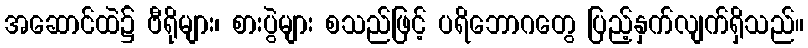
အဆောင်ထဲ၌ ဗီရိုများ၊ စားပွဲများ စသည်ဖြင့် ပရိဘောဂတွေ ပြည့်နှက်လျက်ရှိသည်။